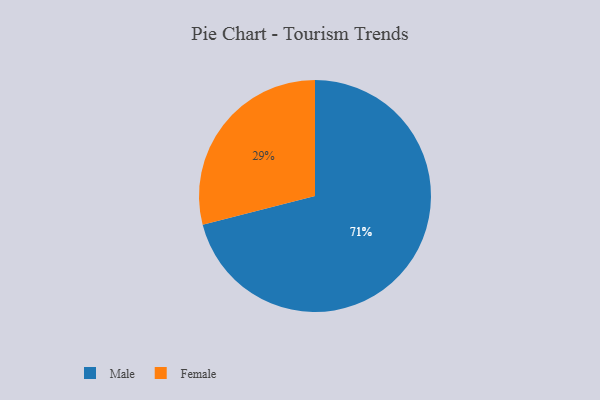
{"axis": {"x": "Category", "y": "Percentage"}, "legend": ["Female", "Male"], "data": [{"x": "Female", "y": 29, "type": "Female"}, {"x": "Male", "y": 71, "type": "Male"}]}